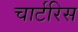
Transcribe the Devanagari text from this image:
चार्टरिस